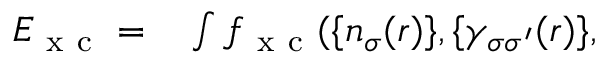
\begin{array} { r l } { E _ { \mathrm { ~ x ~ c ~ } } = } & { { } \int f _ { \mathrm { ~ x ~ c ~ } } ( \{ n _ { \sigma } ( \boldsymbol { r } ) \} , \{ \gamma _ { \sigma \sigma ^ { \prime } } ( \boldsymbol { r } ) \} , } \end{array}